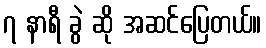
၇ နာရီ ခွဲ ဆို အဆင်ပြေတယ်။